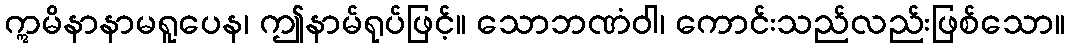
ဣမိနာနာမရူပေန၊ ဤနာမ်ရုပ်ဖြင့်။ သောဘဏံဝါ၊ ကောင်းသည်လည်းဖြစ်သော။